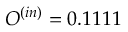
O ^ { ( i n ) } = 0 . 1 1 1 1